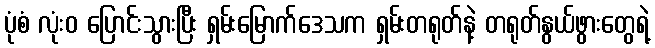
ပုံစံ လုံးဝ ပြောင်းသွားပြီး ရှမ်းမြောက်ဒေသက ရှမ်းတရုတ်နဲ့ တရုတ်နွယ်ဖွားတွေရဲ့